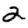
Digit: 2